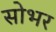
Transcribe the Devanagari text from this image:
सोभर